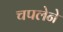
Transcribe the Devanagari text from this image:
चपलेने